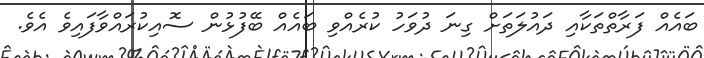
ބައެއް ފަރާތްތަކާއި ދައުލަތަށް ގިނަ ދުވަހު ކުރެއްވި ބައެއް ބޭފުޅުން ސޮއިކުރައްވާފައިވެ އެވެ.